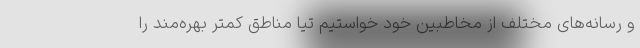
و رسانه‌های مختلف از مخاطبین خود خواستیم تیا مناطق کمتر بهره‌مند را